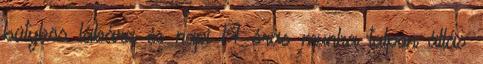
bütykös lábára és napi 14 órás munka talpon állás